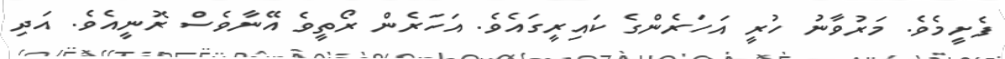
ފެށީމެވެ. މަރުވާނު ހުރީ އަހަރެންގެ ކައިރީގައެވެ. އަހަރެން ރޯތީވެ އޭނާވެސް ރޮނީއެވެ. އަދި